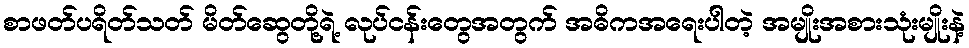
စာဖတ်ပရိတ်သတ် မိတ်ဆွေတို့ရဲ့ လုပ်ငန်းတွေအတွက် အဓိကအရေးပါတဲ့ အမျိုးအစားသုံးမျိုးနဲ့